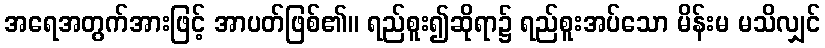
အရေအတွက်အားဖြင့် အာပတ်ဖြစ်၏။ ရည်စူး၍ဆိုရာ၌ ရည်စူးအပ်သော မိန်းမ မသိလျှင်